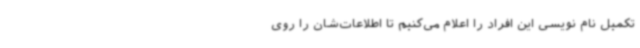
تکمیل نام نویسی این افراد را اعلام می‌کنیم تا اطلاعات‌شان را روی